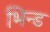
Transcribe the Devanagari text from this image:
भिन्ड